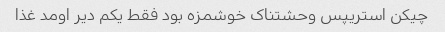
چیکن استریپس وحشتناک خوشمزه بود فقط یکم دیر اومد غذا